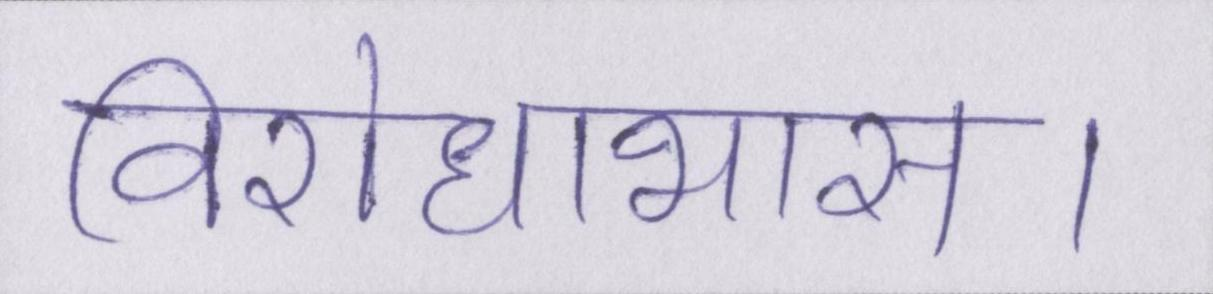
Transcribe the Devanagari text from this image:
विरोधाभास।